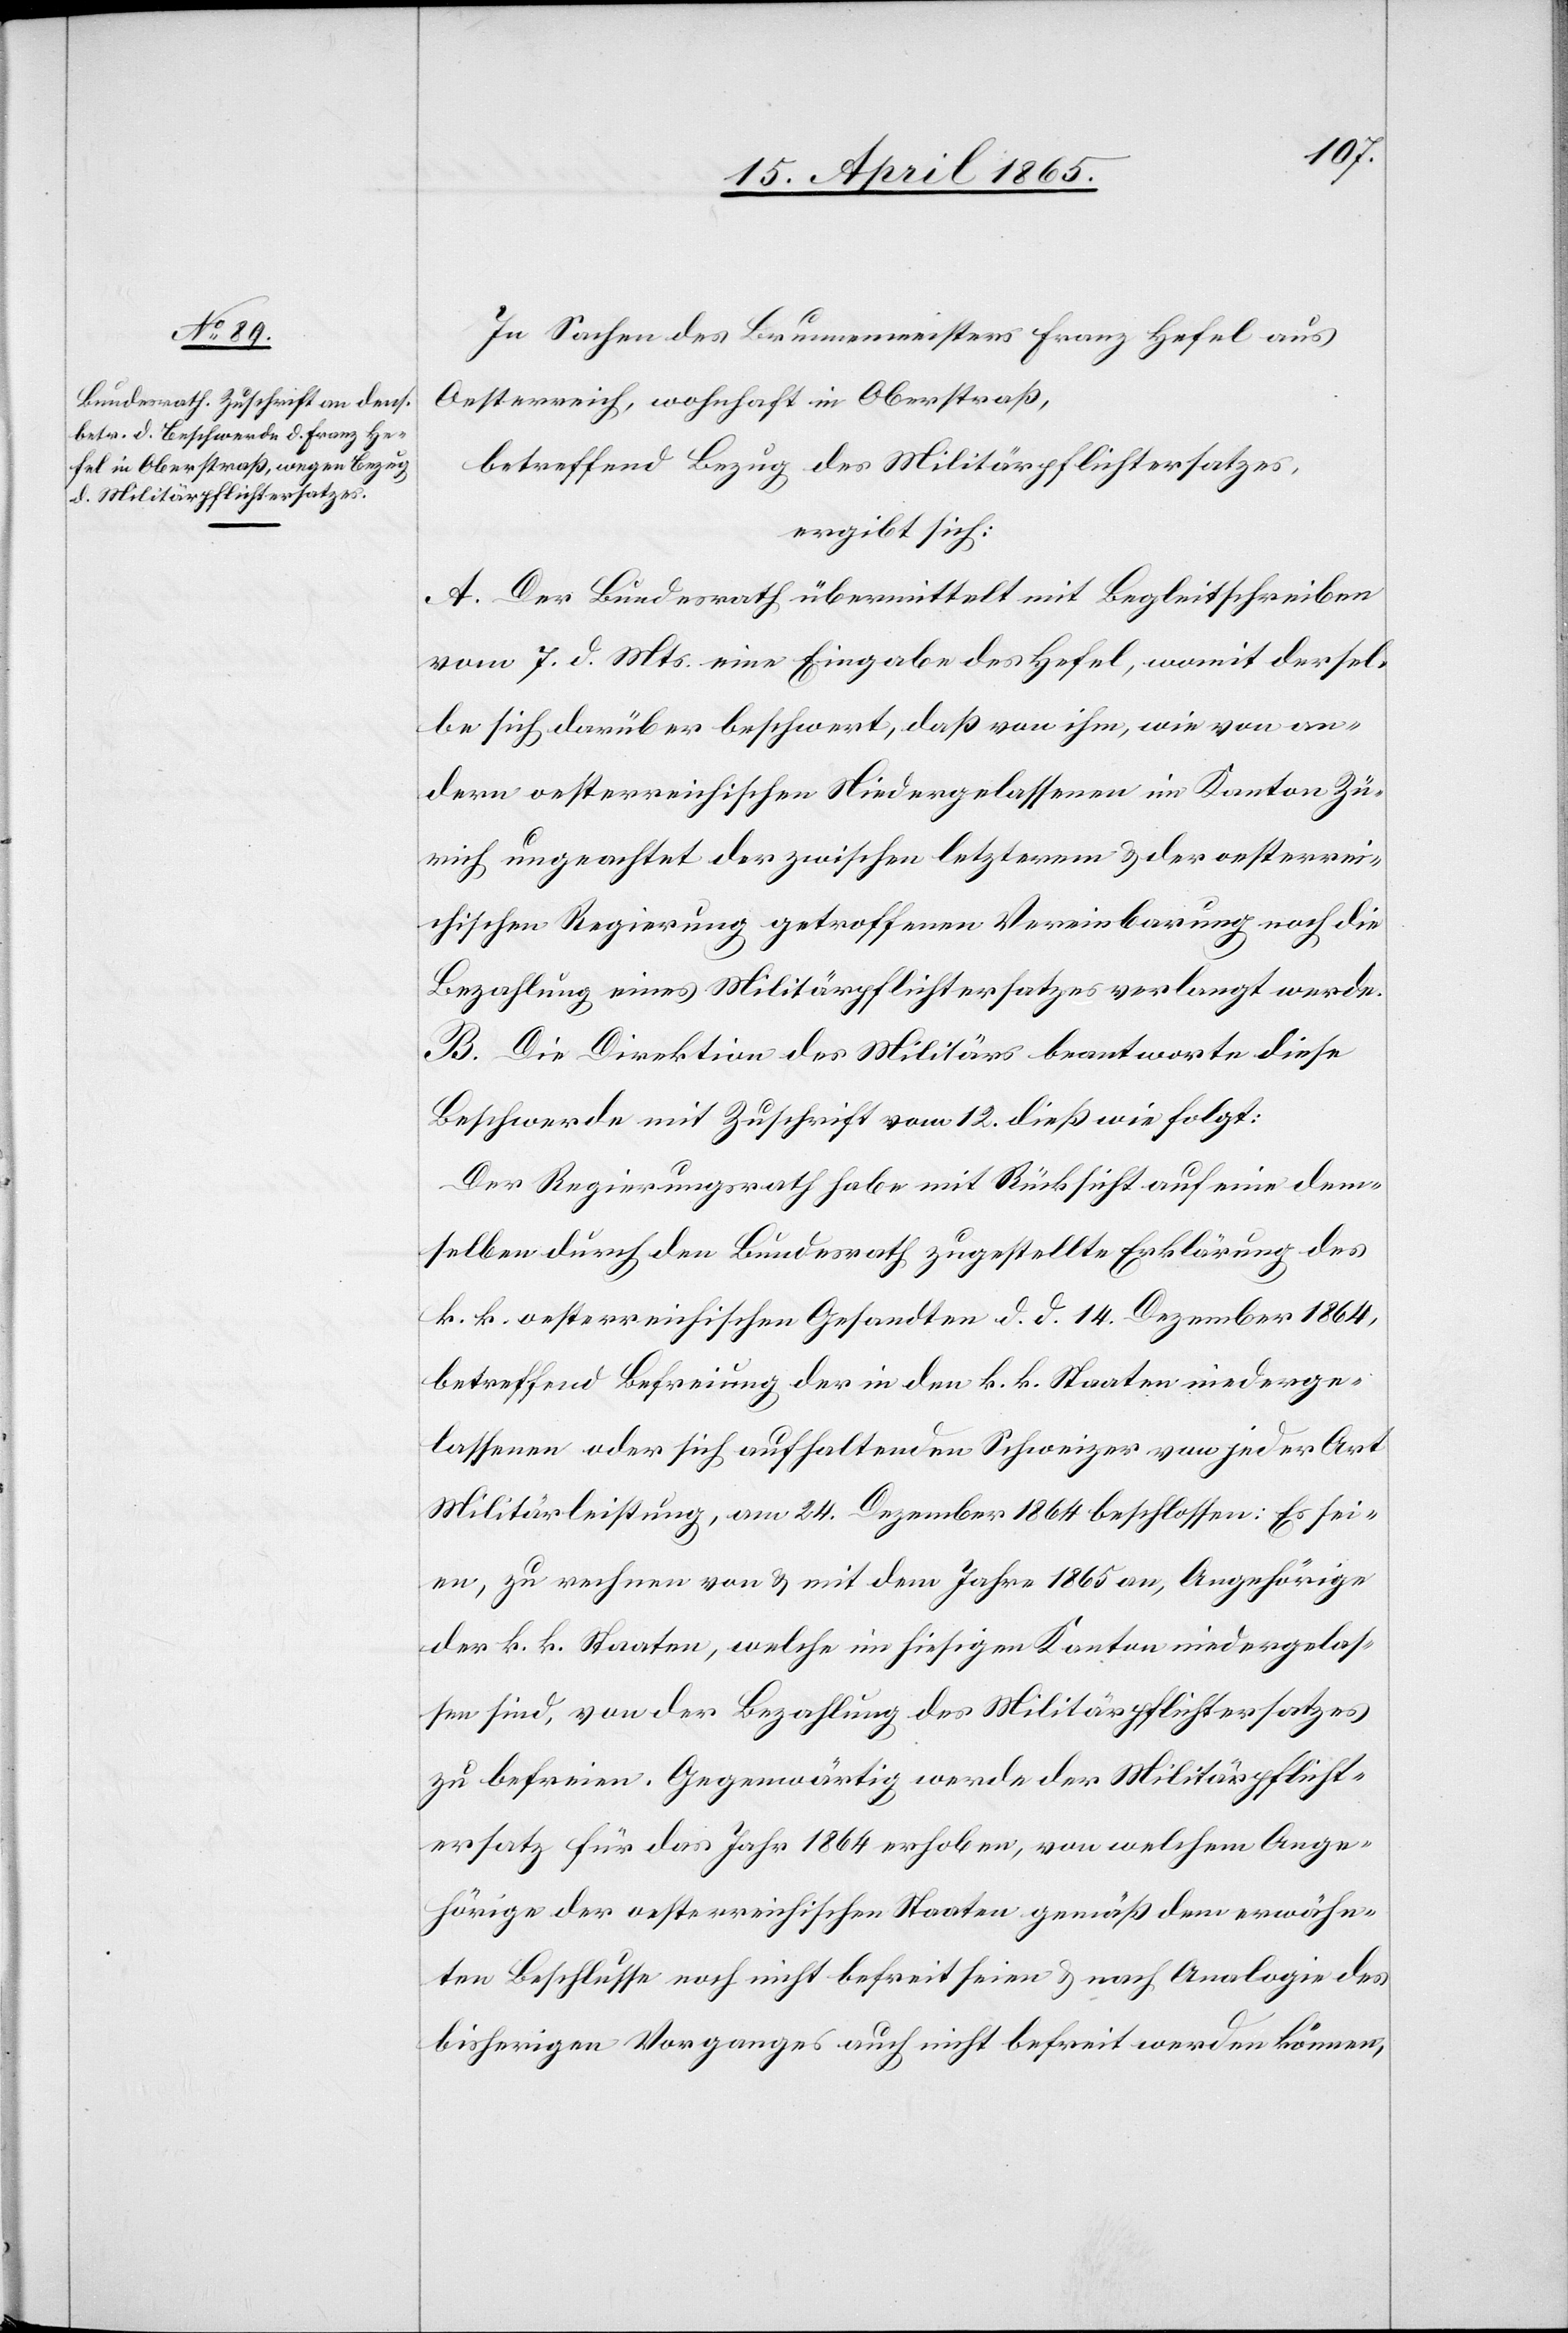
In Sachen des Brunnenmeisters Franz Hefel aus
Oesterreich, wohnhaft in Oberstraß,
betreffend Bezug des Militärpflichtersatzes,
ergibt sich:
A. Der Bundesrath übermittelt mit Begleitschreiben
vom 7. d. Mts. eine Eingabe des Hefel, womit dersel¬
be sich darüber beschwert, daß von ihm, wie von an¬
dern oesterreichischen Niedergelassenen im Kanton Zü¬
rich ungeachtet der zwischen letzterem & der oesterrei¬
chischen Regierung getroffenen Vereinbarung noch die
Bezahlung eines Militärpflichtersatzes verlangt werde.
B. Die Direktion des Militärs beantworte diese
Beschwerde mit Zuschrift vom 12. dieß wie folgt:
Der Regierungsrath habe mit Rücksicht auf eine dem¬
selben durch den Bundesrath zugestellte Erklärung des
k. k. oesterreichischen Gesandten d. d. 14. Dezember 1864,
betreffend Befreiung der in den k. k. Staaten niederge¬
lassenen oder sich aufhaltenden Schweizer von jeder Art
Militärleistung, am 24. Dezember 1864 beschlossen: Es sei¬
en, zu rechnen von & mit dem Jahre 1865 an, Angehörige
der k. k. Staaten, welche im hiesigen Kanton niedergelas¬
sen sind, von der Bezahlung des Militärpflichtersatzes
zu befreien. Gegenwärtig werde der Militärpflicht¬
ersatz für das Jahr 1864 erhoben, von welchem Ange¬
hörige der oesterreichischen Staaten gemäß dem erwähn¬
ten Beschlusse noch nicht befreit seien & nach Analogie des
bisherigen Vorganges auch nicht befreit werden können,